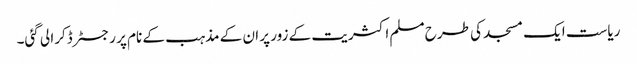
ریاست ایک مسجد کی طرح مسلم اکثریت کے زور پر ان کے مذہب کے نام پر رجسٹر ڈکرا لی گئی۔